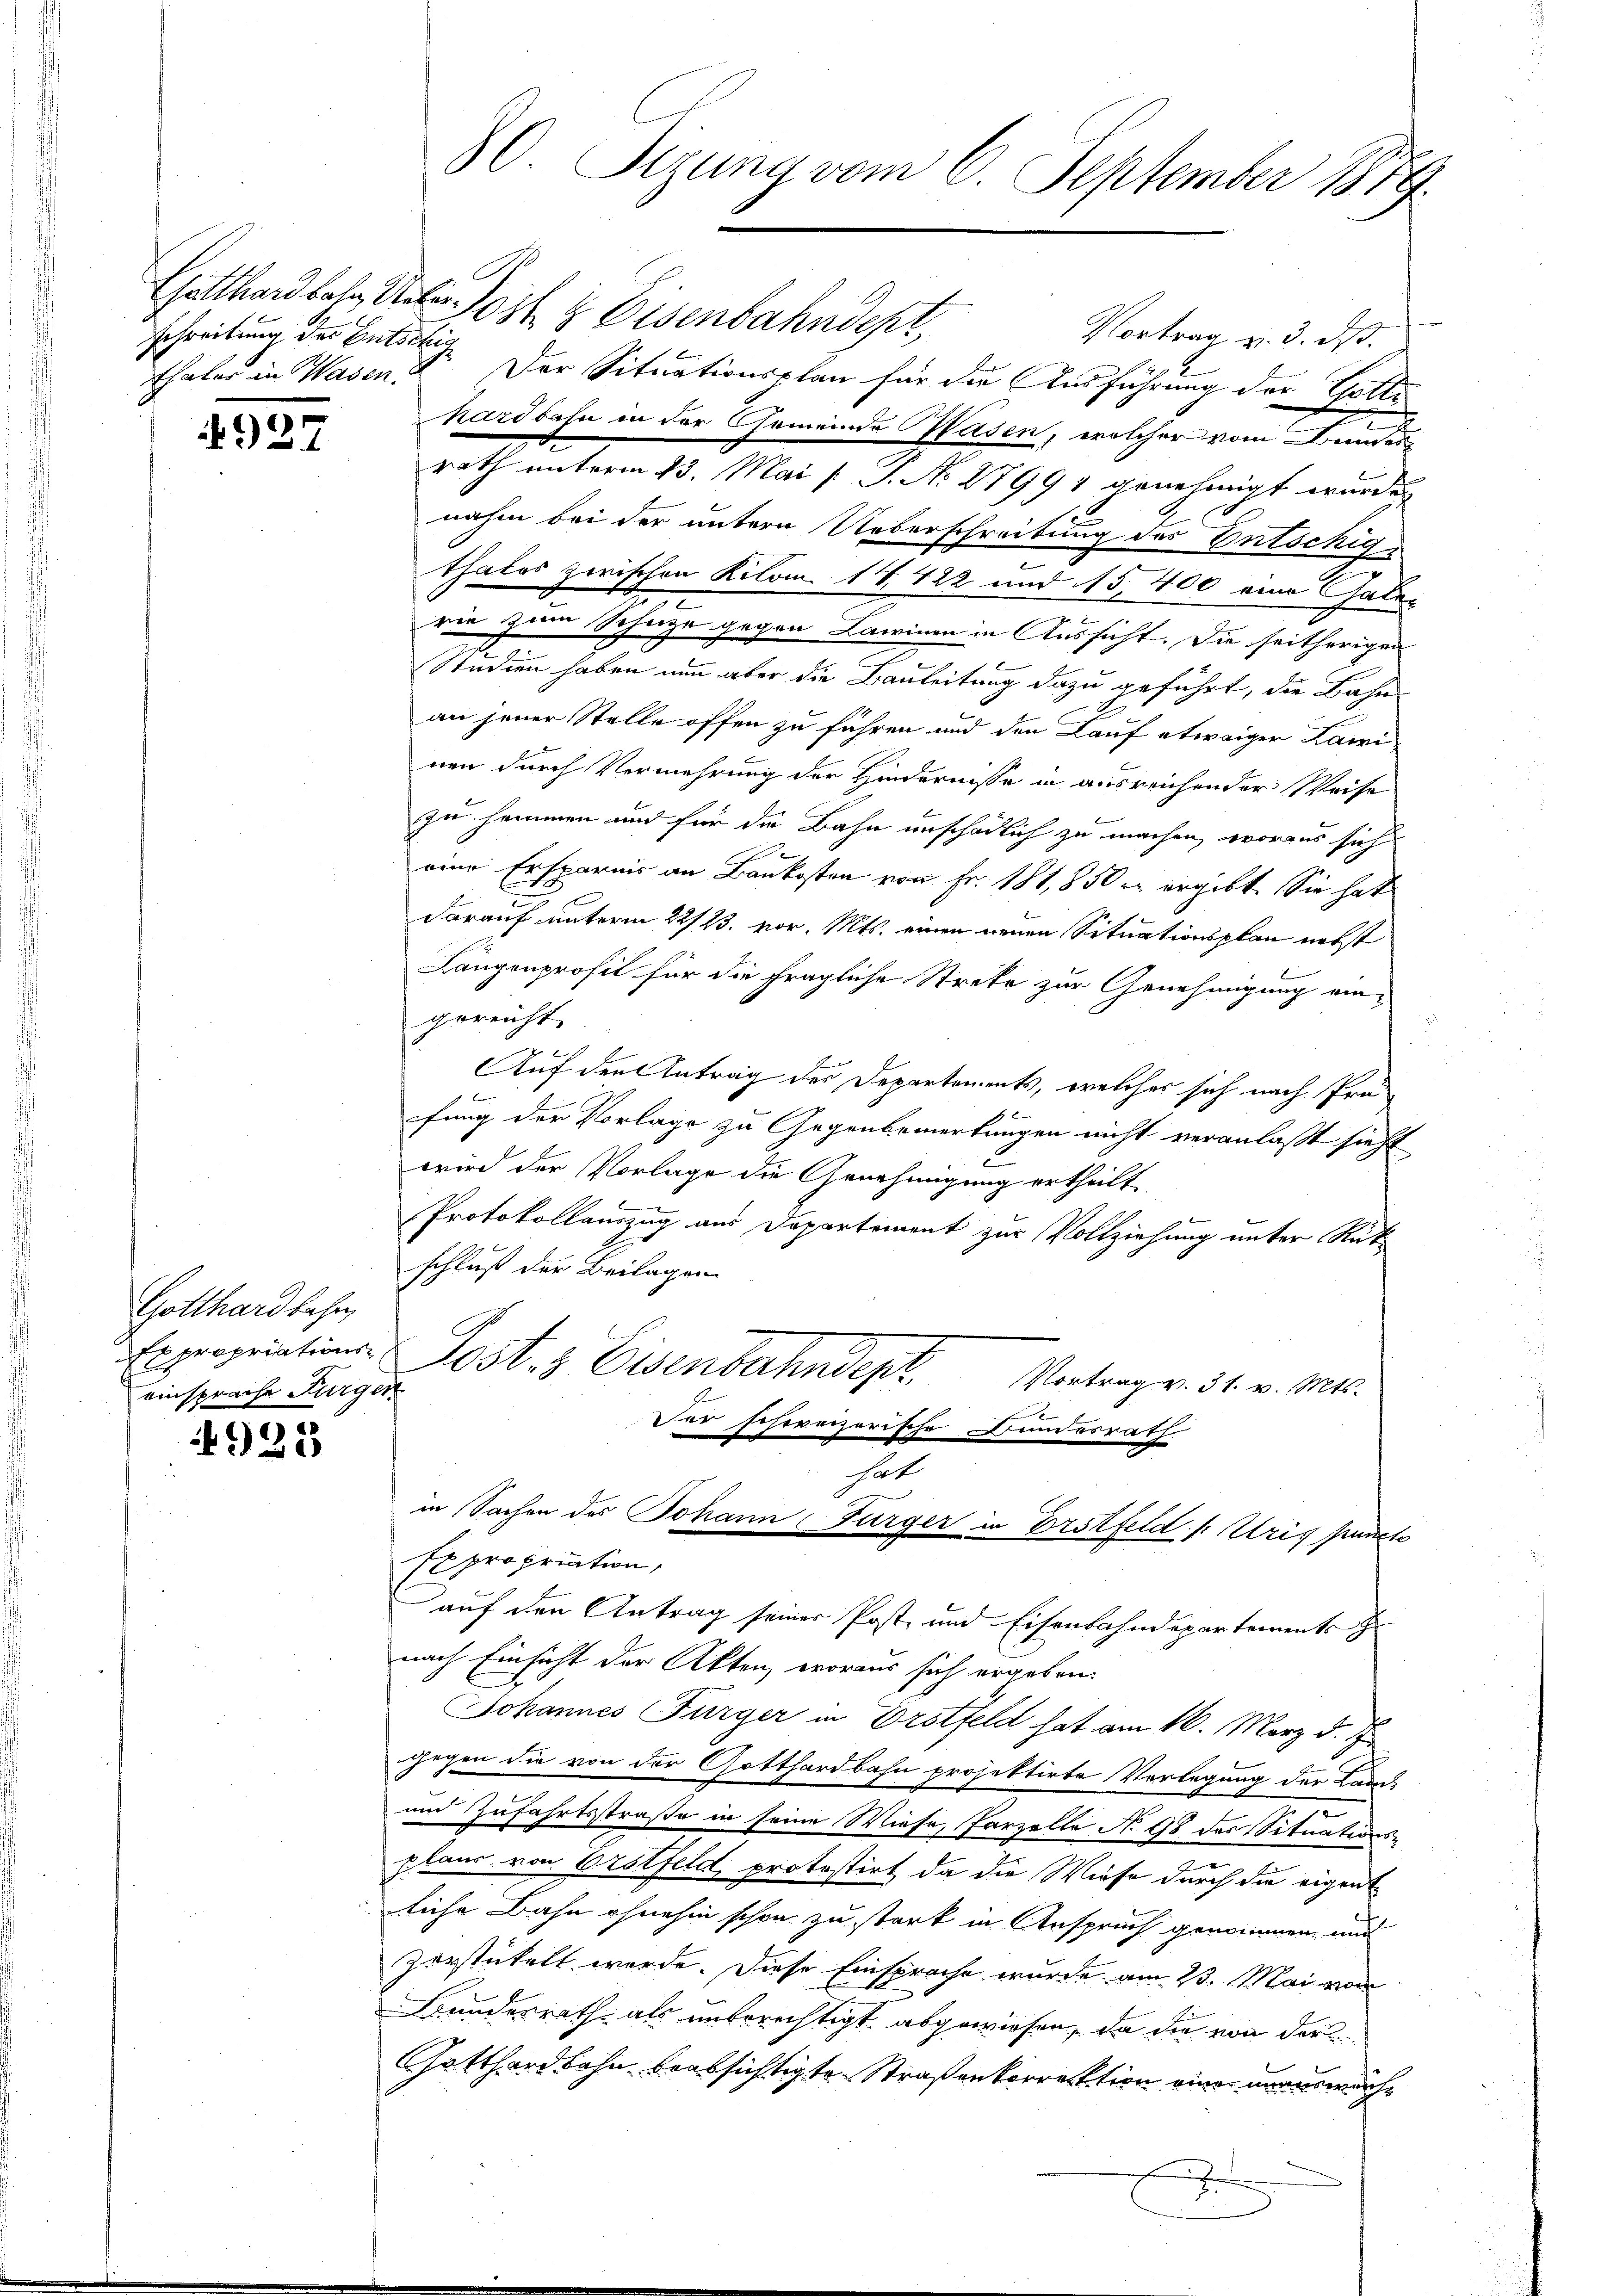
schreibung des Entschig
Thaler in Wasen.

)
 1

Gotthardbahn,
einsprache Furger

4925

Gotthardbahn das Eisenbahndept,
Vortrag v. 3. ds.
Der Situationsplan für die Ausführung der Gotti
hardbahn in der Gemeinde Hasen, welcher vom Bunden
rath unterm 23. Mai [ P. No 87991 genehmigt wurde
nahm bei der untern Ueberschreibung des Entschig
.
thatos zwischen Kilom. 14. 422 und 15,400 eine Galer
n
rie zum Scheite gegen Lawinen in Aussicht. Die seitherigen
Studien haben nun aber die Bauleitung dazu geführt, die Bahn-
an jener Stelle offen zu führen und den Lauf etwaiger Lawinen durch Vermehrung der Hindernisse in ausreichender Weise
zu hommen und für die Bahn unschädlich zu machen, woraus sich
u
eine Ersparnis an Baukosten von Fr. 181,850 ergibt. Sie hat
darauf unterm 22/23. vor. Mts. einen neuen Situationsplan nebst
2
Längenprofit für die fragliche Streke zur Genehmigung ein-
gereicht.
Auf den Antrag des Departements, welches sich nach Profung der Vorlage zu Gegenbemerkungen nicht veranlaßt sieht
wird der Vorlage die Genehmigung ertheilt.
Protokollauszug aus Departement zur Vollziehung unter Rück
schluß der Beilagen
Expropriations Post 3 Eisenbahndepr
Vortrag v. 31. v. Mts.
Der schweizerische Bundesrath
hat
in Sachen des Johann Fürger in Erstfeld. s. Uris Puncte
Expropriation,
auf den Antrag seiner Post, und Eisenbahndepartements z
nach Einsicht der Akten, woraus sich ergeben:
Johannes Furger in Erstfeld hat am 16. März d. J
gegen die von der Gotthardbahn projektirte Verlegung der Lands
und Zufahrtsstraße in seine Wiese, Parzelle No. 98 des Situations-
plans, von Erstfeld protostirt da die Wiese durch die eigentliche Bahn ohnehin schon zu stark in Anspruch genommen, und
zorstickelt werde. Diese Einsprache wurde am 23. Mai vom
undesrath, als unberechtigt abgewiesen, da die von der
Gatthardbahn beabsichtigte Straßenkorrektion eine unauswärche
m

30. Sizung vom 6. September 1879.